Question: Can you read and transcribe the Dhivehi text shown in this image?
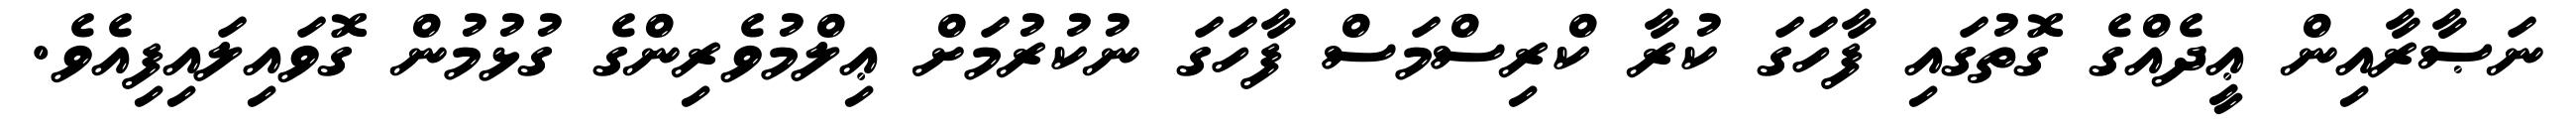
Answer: ނަޞާރާއިން ޢީދެއްގެ ގޮތުގައި ފާހަގަ ކުރާ ކްރިސްމަސް ފާހަގަ ނުކުރުމަށް ޢިލްމުވެރިންގެ ގުޅުމުން ގޮވައިލައިފިއެވެ.